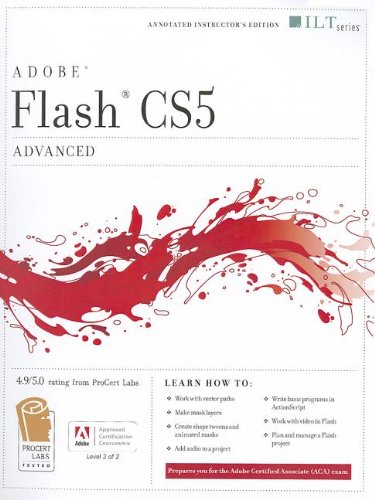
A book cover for Flash Cs5 Professional: Advanced, Aca Edition + Certblaster (ILT); Computers & Technology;